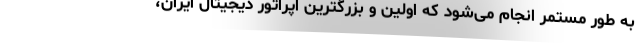
به طور مستمر انجام می‌شود که اولین و بزرگترین اپراتور دیجیتال ایران،